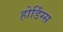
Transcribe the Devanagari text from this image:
होर्डिंग्स